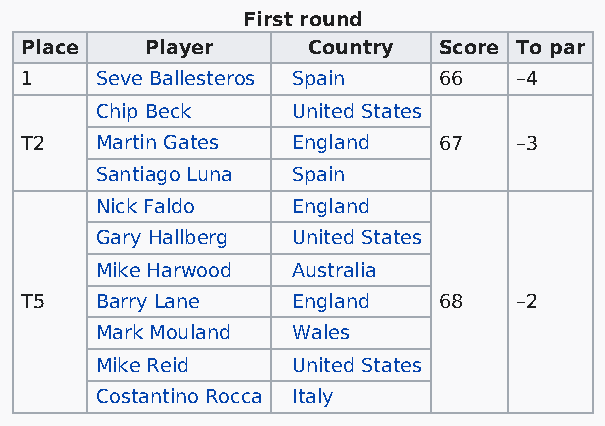
First round
 Place    Player    Country  Score To par
 1    Seve Ballesteros Spain 66   –4
 Chip Beck    United States
 T2   Martin Gates England   67   –3
 Santiago Luna Spain
 Nick Faldo   England
 Gary Hallberg United States
 Mike Harwood Australia
 T5   Barry Lane   England   68   –2
 Mark Mouland Wales
 Mike Reid    United States
 Costantino Rocca Italy